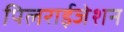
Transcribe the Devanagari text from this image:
पिलराईजेशन